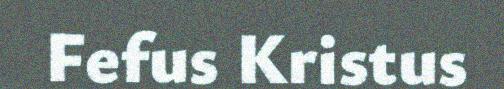
Fefus Kristus